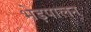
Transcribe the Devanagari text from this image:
भेड़पालन